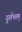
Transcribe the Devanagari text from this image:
दुर्लभतम्